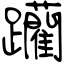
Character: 躪